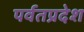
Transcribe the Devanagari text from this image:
पर्वतप्रदेश